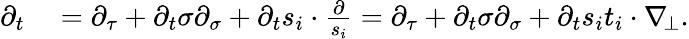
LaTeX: \begin{array}{rl}{\partial_{t}}&{{}=\partial_{\tau}+\partial_{t}\sigma\partial_{\sigma}+\partial_{t}s_{i}\cdot\frac{\partial}{s_{i}}=\partial_{\tau}+\partial_{t}\sigma\partial_{\sigma}+\partial_{t}s_{i}t_{i}\cdot\nabla_{\! \bot}.}\end{array}